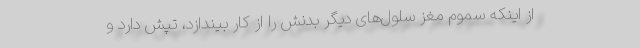
از اینکه سموم مغز سلول‌های دیگر بدنش را از کار بیندازد، تپش دارد و